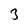
Character: 3